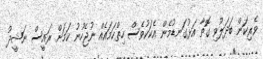
ވެރިކަން ބަދަލުވި ގޮތާ އަޅުގަނޑުމެން އެކަކުވެސް ހިތްހަމައެއް ނުޖެހުނު ކަމަށް ރައީސް ނަޝީދު